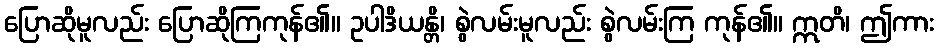
ပြောဆိုမူလည်း ပြောဆိုကြကုန်၏။ ဥပါဒိယန္တိ၊ စွဲလမ်းမူလည်း စွဲလမ်းကြ ကုန်၏။ ဣတိ၊ ဤကား